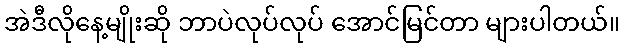
အဲဒီလိုနေ့မျိုးဆို ဘာပဲလုပ်လုပ် အောင်မြင်တာ များပါတယ်။